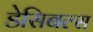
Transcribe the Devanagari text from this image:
डेसिबल्स